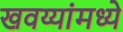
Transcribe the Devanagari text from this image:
खवय्यांमध्ये